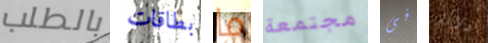
بالطلب بطاقات ما مجتمعة فى دلالة